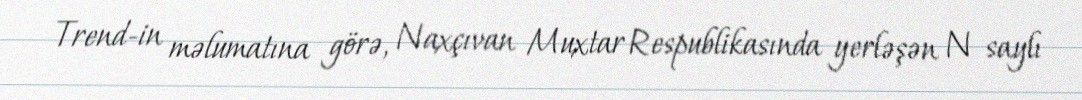
Trend-in məlumatına görə, Naxçıvan Muxtar Respublikasında yerləşən N saylı